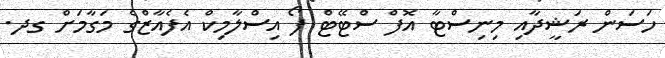
ހަސަން ރަޝީދާއި މިނިސްޓާ އޮފް ސްޓޭޓް ފޯ އިސްލާމިކް އެފެއާޒްގެ މަގާމަށް ގދ.